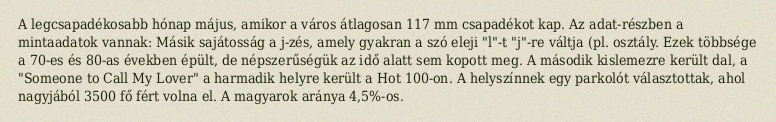
A legcsapadékosabb hónap május, amikor a város átlagosan 117 mm csapadékot kap. Az adat-részben a mintaadatok vannak: Másik sajátosság a j-zés, amely gyakran a szó eleji "l"-t "j"-re váltja (pl. osztály. Ezek többsége a 70-es és 80-as években épült, de népszerűségük az idő alatt sem kopott meg. A második kislemezre került dal, a "Someone to Call My Lover" a harmadik helyre került a Hot 100-on. A helyszínnek egy parkolót választottak, ahol nagyjából 3500 fő fért volna el. A magyarok aránya 4,5%-os.